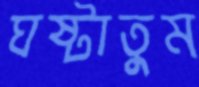
ঘষ্‌টাতুম